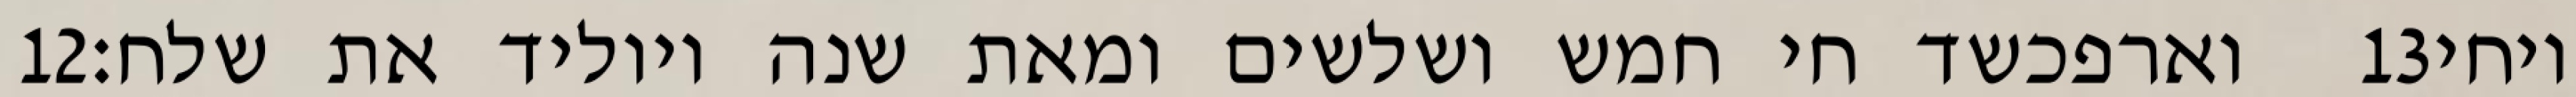
‎12‏ וארפכשד חי חמש ושלשים ומאת שנה ויוליד את שלח׃ ‎13‏ ויחי